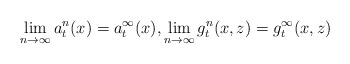
\begin{align*}\lim_{n\to\infty}a^n_t(x)=a^\infty_t(x), \lim_{n\to\infty}g^n_t(x,z)=g^\infty_t(x,z)\end{align*}